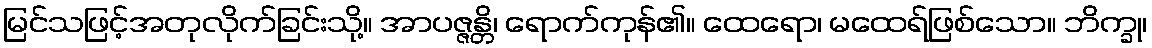
မြင်သဖြင့်အတုလိုက်ခြင်းသို့။ အာပဇ္ဇန္တိ၊ ရောက်ကုန်၏။ ထေရော၊ မထေရ်ဖြစ်သော။ ဘိက္ခု၊